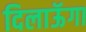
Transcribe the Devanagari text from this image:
दिलाऊॅगा